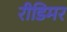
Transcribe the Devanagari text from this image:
रीडिमर